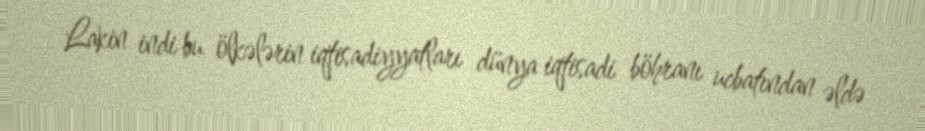
Lakin indi bu ölkələrin iqtisadiyyatları dünya iqtisadi böhranı ucbatından əldə